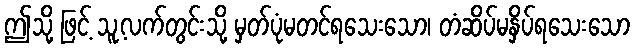
ဤသို့ ဖြင့် သူ့လက်တွင်းသို့ မှတ်ပုံမတင်ရသေးသော၊ တံဆိပ်မနှိပ်ရသေးသော